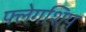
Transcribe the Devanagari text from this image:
फ्लेगशिप